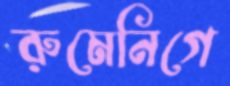
রুমেনিগে